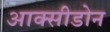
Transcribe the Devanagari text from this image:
आक्सीडोन